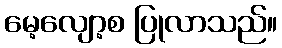
မေ့လျော့စ ပြုလာသည်။